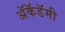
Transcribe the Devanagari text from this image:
अॅकॅडॅमी